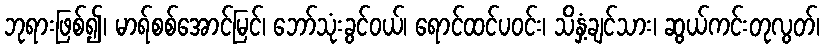
ဘုရားဖြစ်၍၊ မာရ်စစ်အောင်မြင်၊ ဘော်သုံးခွင်ဝယ်၊ ရောင်ထင်ပဝင်း၊ သိနှံ့ချင်သား၊ ဆွယ်ကင်းတုလွတ်၊